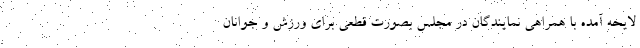
لایحه آمده با همراهی نمایندگان در مجلس بصورت قطعی برای ورزش و جوانان